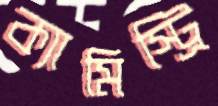
ক্যামিস্ট্রি